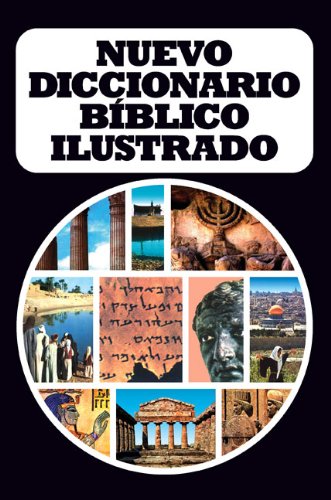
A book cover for Nuevo diccionario bÃ­blico ilustrado (Spanish Edition); clie; Christian Books & Bibles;